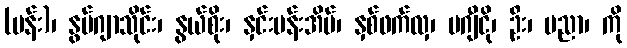
(မန်း)၊ နွမ်ဂျာသိုင်း၊ နွယ်စိုး၊ နှင်းပန်းအိမ်၊ နှစ်ဖက်လှ၊ ပဂျီငို၊ ဦး၊ ပညာ၊ ကို